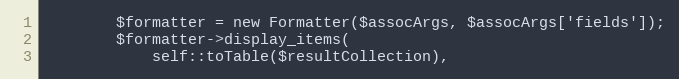
Language: PHP
        $formatter = new Formatter($assocArgs, $assocArgs['fields']);
        $formatter->display_items(
            self::toTable($resultCollection),